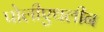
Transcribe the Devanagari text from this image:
पोलीएथलीन